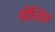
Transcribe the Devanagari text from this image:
पोल्डिंग